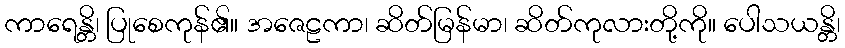
ကာရေန္တိ၊ ပြုစေကုန်၏။ အဇေဠကာ၊ ဆိတ်မြန်မာ၊ ဆိတ်ကုလားတို့ကို။ ပေါသယန္တိ၊